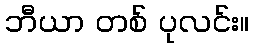
ဘီယာ တစ် ပုလင်း။